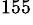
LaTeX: ^\mathrm{155}